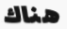
هناك